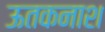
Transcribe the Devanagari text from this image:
ऊतकनाश